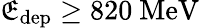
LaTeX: \mathfrak{E}_{\mathrm{{dep}}}\geq820~\mathrm{{MeV}}